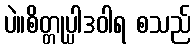
ပဲ။စိတ္တုပ္ပါဒဝါရ စသည်